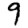
Digit: 9